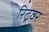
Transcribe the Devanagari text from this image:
रिट्रेवर